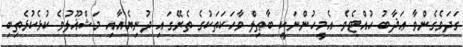
ގަދަވެގެންވާ ޢަޛާބު ހުއްޓެވެ. އެމީހުންނަކީ ބާޠިލް ވާހަކަތަކުގެ ތެރޭގައި ދުނިޔެއާއި މަޝްޣޫލުވެ ކުޅެކުޅެތިބި